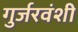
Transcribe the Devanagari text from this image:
गुर्जरवंशी